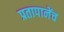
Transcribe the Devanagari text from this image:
प्रतापानेंच